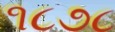
૧૮૭૮